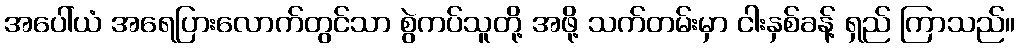
အပေါ်ယံ အရေပြားလောက်တွင်သာ စွဲကပ်သူတို့ အဖို့ သက်တမ်းမှာ ငါးနှစ်ခန့် ရှည် ကြာသည်။